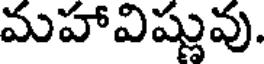
మహావిష్ణువు.